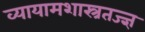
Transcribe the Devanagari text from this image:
व्यायामशास्त्रतज्ज्ञ